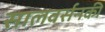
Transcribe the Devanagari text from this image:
सालवर्सनकी